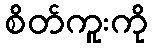
စိတ်ကူးကို